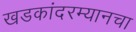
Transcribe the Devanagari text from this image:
खडकांदरम्यानचा